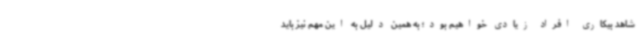
شاهد بیکاری افراد زیادی خواهیم بود؛ به همین دلیل به این مهم نیز باید